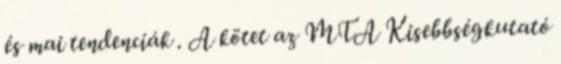
és mai tendenciák . A kötet az MTA Kisebbségkutató